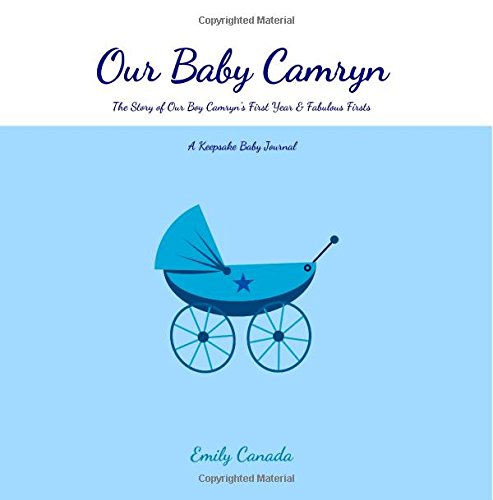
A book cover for Our Baby Camryn, The Story of Our Baby Boy Camryn's First Year and Fabulous Firsts: A Keepsake Baby Journal (Our Baby Boy / Memory Book); Emily Canada; Parenting & Relationships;